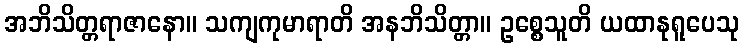
အဘိသိတ္တရာဇာနော။ သကျကုမာရာတိ အနဘိသိတ္တာ။ ဥစ္စေသူတိ ယထာနုရူပေသု